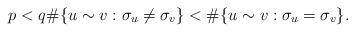
LaTeX: \begin{align*} p < q \#\{u \sim v: \sigma_u \ne \sigma_v\} < \#\{u \sim v: \sigma_u = \sigma_v\} . \end{align*}